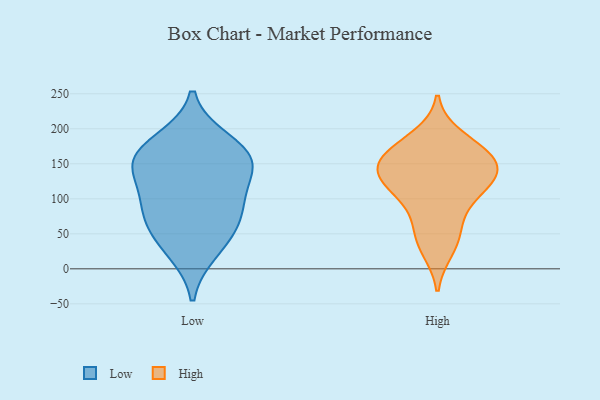
{"axis": {"x": "Bounce Rate (%)", "y": "Value"}, "legend": ["High", "Low"], "data": [{"x": "", "y": 26, "type": "Low"}, {"x": "", "y": 166, "type": "Low"}, {"x": "", "y": 72, "type": "Low"}, {"x": "", "y": 49, "type": "Low"}, {"x": "", "y": 97, "type": "Low"}, {"x": "", "y": 182, "type": "Low"}, {"x": "", "y": 154, "type": "Low"}, {"x": "", "y": 92, "type": "Low"}, {"x": "", "y": 147, "type": "Low"}, {"x": "", "y": 145, "type": "Low"}, {"x": "", "y": 138, "type": "High"}, {"x": "", "y": 169, "type": "High"}, {"x": "", "y": 129, "type": "High"}, {"x": "", "y": 164, "type": "High"}, {"x": "", "y": 131, "type": "High"}, {"x": "", "y": 161, "type": "High"}, {"x": "", "y": 66, "type": "High"}, {"x": "", "y": 130, "type": "High"}, {"x": "", "y": 44, "type": "High"}, {"x": "", "y": 28, "type": "High"}, {"x": "", "y": 97, "type": "High"}, {"x": "", "y": 110, "type": "High"}, {"x": "", "y": 153, "type": "High"}, {"x": "", "y": 188, "type": "High"}]}